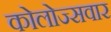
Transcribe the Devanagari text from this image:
कोलोज्सवार